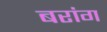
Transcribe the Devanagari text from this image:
बरांग